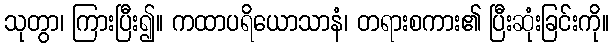
သုတွာ၊ ကြားပြီး၍။ ကထာပရိယောသာနံ၊ တရားစကား၏ ပြီးဆုံးခြင်းကို။